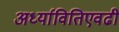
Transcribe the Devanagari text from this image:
अर्ध्यावितिएवढी